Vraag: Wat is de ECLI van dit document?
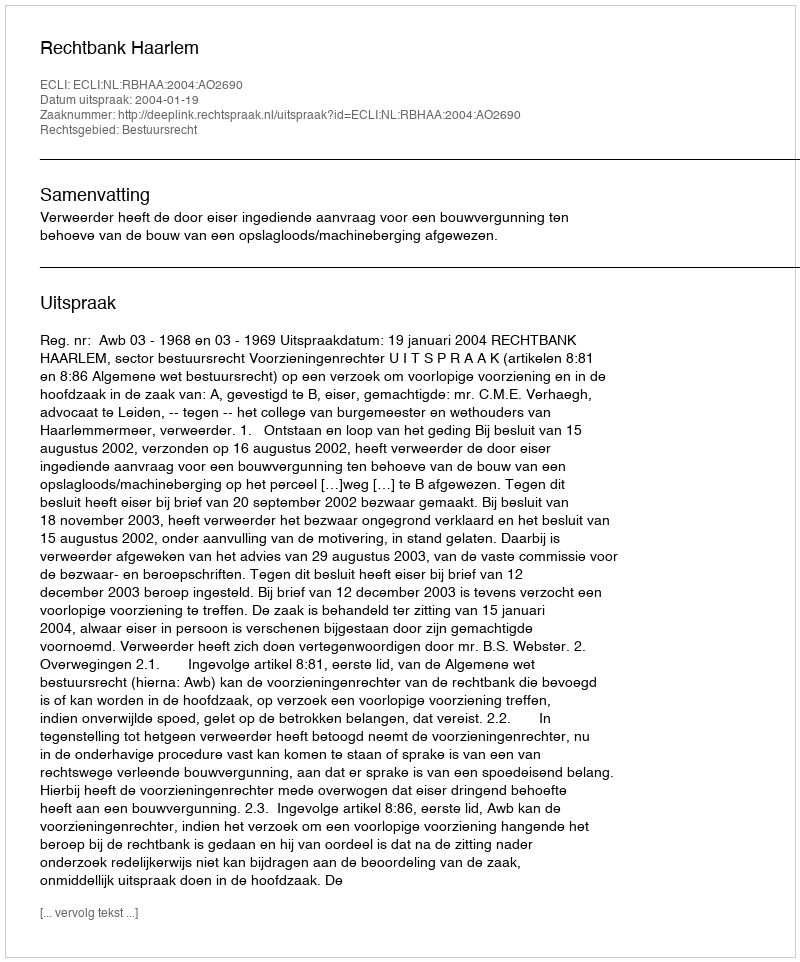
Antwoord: ECLI:NL:RBHAA:2004:AO2690